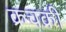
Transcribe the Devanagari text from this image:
क्रचक्री